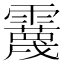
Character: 𩆪